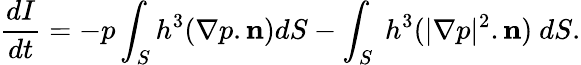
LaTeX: \frac{dI}{dt}=-p\int_{S}h^{3}(\nabla p.\mathbf{n})dS-\int_{S}\ h^{3}(|\nabla p|^{2}.\mathbf{n})\ dS.